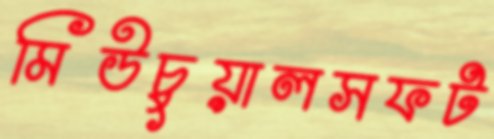
মিউচুয়ালসফট